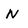
Character: n